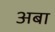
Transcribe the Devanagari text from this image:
अबा